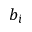
b _ { i }